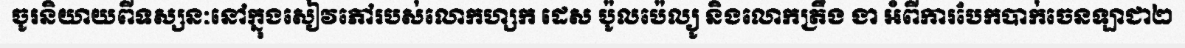
ចូរនិយាយពីទស្សនៈនៅក្នុងសៀវភៅរបស់លោកហ្សក ដេស ប៉ូលប៉េល្យូ និងលោកត្រឹង ងា អំពីការបែកបាក់ចេនឡាជា២